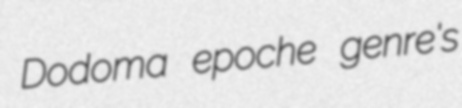
Dodoma epoche genre's